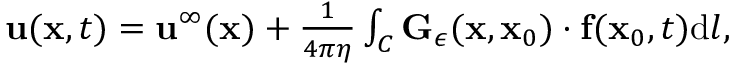
\begin{array} { r } { \mathbf { u } ( \mathbf { x } , t ) = \mathbf { u } ^ { \infty } ( \mathbf { x } ) + \frac { 1 } { 4 \pi \eta } \int _ { C } \mathbf { G } _ { \epsilon } ( \mathbf { x } , \mathbf { x } _ { 0 } ) \cdot \mathbf { f } ( \mathbf { x } _ { 0 } , t ) \mathrm { d } l , } \end{array}